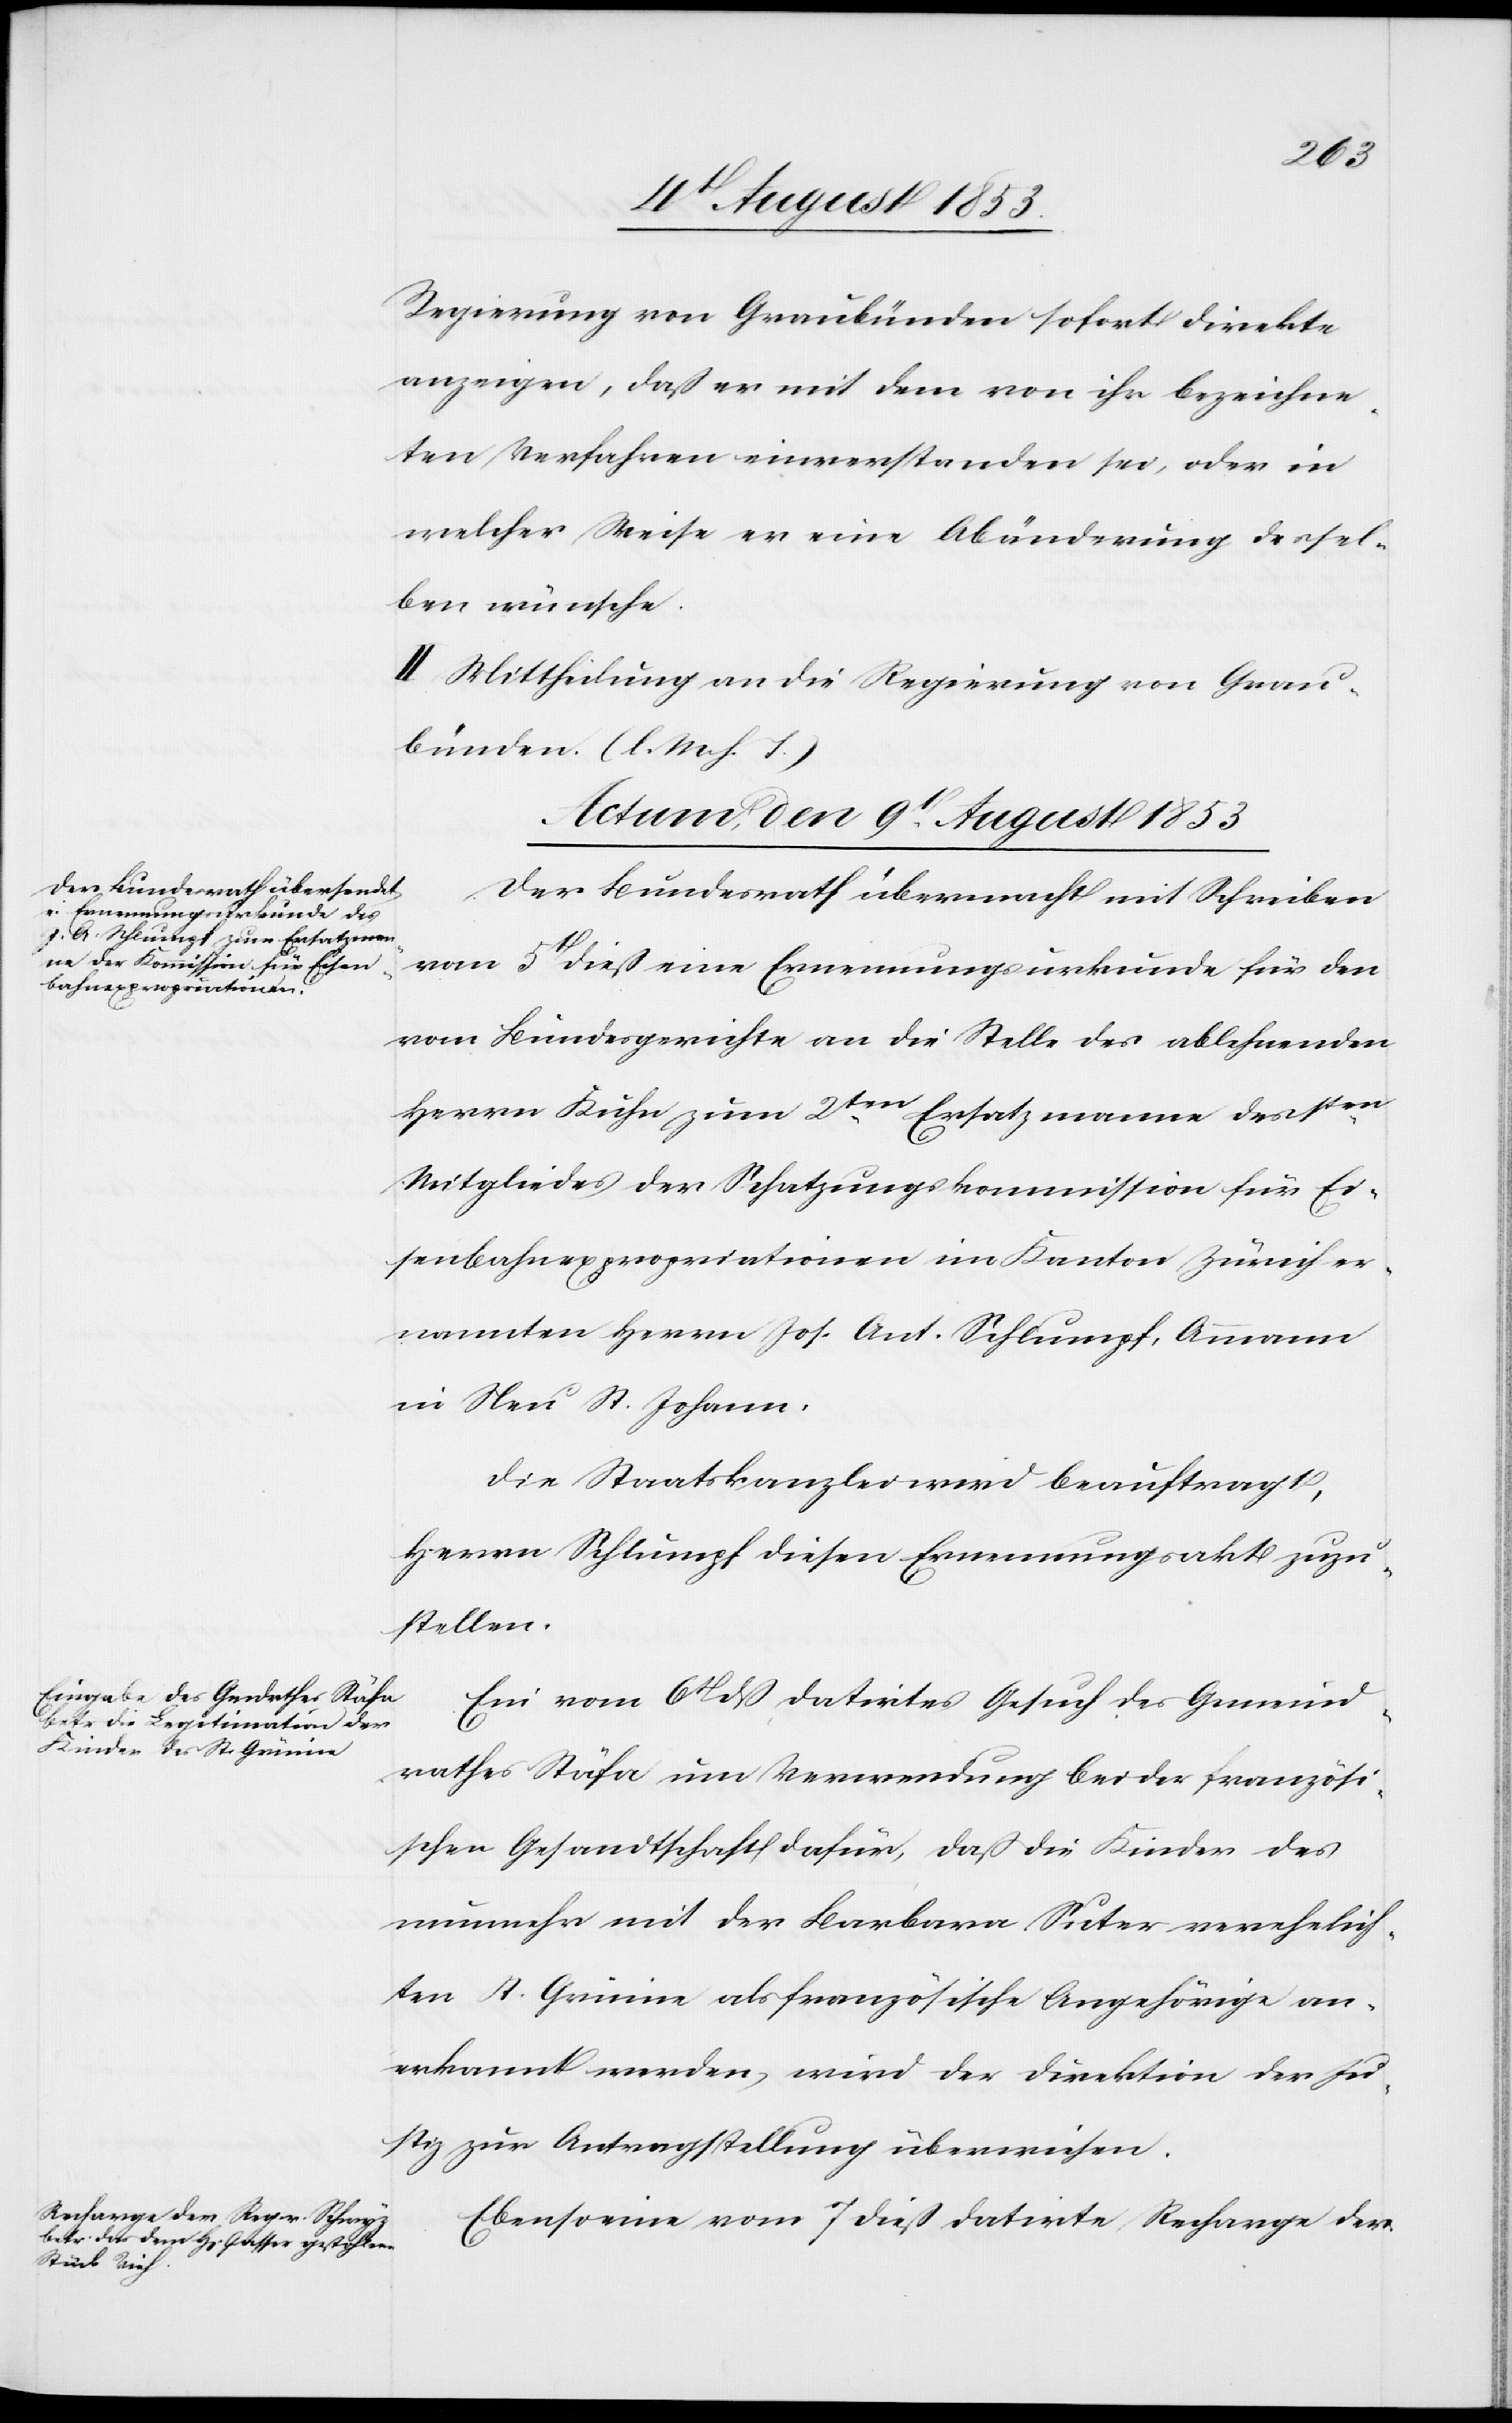
Regierung von Graubünden sofort direkte
anzeigen, daß er mit dem von ihr bezeichne¬
ten Verfahren einverstanden sei, oder in
welcher Weise er eine Abänderung dessel¬
ben wünsche.
II. Mittheilung an die Regierung von Grau¬
bünden. (l. M. h. T)
Actum, den 9t August 1853]
Der Bundesrath übermacht mit Schreiben
vom 5t dieß eine Ernennungsurkunde für den
vom Bundesgerichte an die Stelle des ablehnenden
Herrn Kuhn zum 2ten Ersatzmanne des 1ten
Mitgliedes der Schatzungskommission für Ei¬
senbahnexpropriationen im Kanton Zürich er¬
nannten Herrn Jos. Ant. Schlumpf, Ammann
in Neu St. Johann.
Die Staatskanzlei wird beauftragt,
Herrn Schlumpf diesen Ernennungsakt zuzu¬
stellen.
Ein vom 6t dieß datirtes Gesuch des Gemeind¬
rathes Stäfa um Verwendung bei der französi¬
schen Gesandtschaft dafür, daß die Kinder des
nunmehr mit der Barbara Suter verehelich¬
ten St. Gunine als französische Angehörige an¬
erkannt werden, wird der Direktion der Ju¬
stiz zur Antragstellung überwiesen.
Ebenso eine vom 7 dieß datirte Recharge der